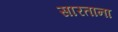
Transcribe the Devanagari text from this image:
सारताना